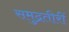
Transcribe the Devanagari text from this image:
समुद्रतीरीं